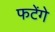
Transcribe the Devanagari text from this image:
फटेंगे